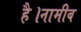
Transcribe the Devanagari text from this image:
है।नामीब